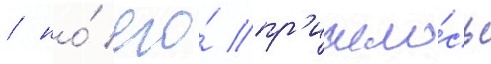
/ но́ его́ пр'ишло́сь